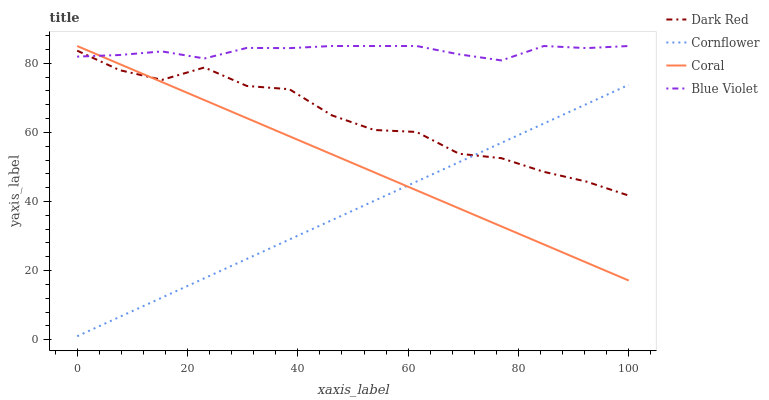
| xaxis_label | Dark Red | Cornflower | Coral | Blue Violet |
 | --- | --- | --- | --- | --- |
 | 0 | 83.7 | 1 | 85 | 81.9 |
 | 7.69 | 78 | 6.6 | 79.8 | 82.4 |
 | 15.4 | 75.2 | 12.2 | 74.6 | 83.4 |
 | 23.1 | 78.8 | 17.8 | 69.3 | 81.4 |
 | 30.8 | 73.4 | 23.4 | 64.1 | 84.5 |
 | 38.5 | 72.5 | 29 | 58.9 | 84.4 |
 | 46.2 | 64.9 | 34.6 | 53.7 | 85 |
 | 53.8 | 60.7 | 40.2 | 48.5 | 85 |
 | 61.5 | 60.1 | 45.8 | 43.2 | 85 |
 | 69.2 | 53.8 | 51.4 | 38 | 82.6 |
 | 76.9 | 52.5 | 57 | 32.8 | 80.8 |
 | 84.6 | 48.6 | 62.6 | 27.6 | 85 |
 | 92.3 | 45.8 | 68.2 | 22.3 | 84.4 |
 | 100 | 41.7 | 73.8 | 17.1 | 85 |